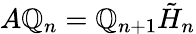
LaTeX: A\mathbb{Q}_{n}=\mathbb{Q}_{n+1}{\tilde{{H}}}_{n}